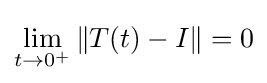
\lim _{t\to 0^{+}}\|T(t)-I\|=0